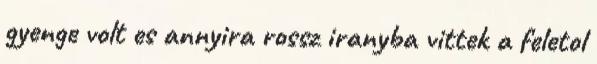
gyenge volt es annyira rossz iranyba vittek a feletol